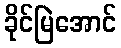
ခိုင်မြဲအောင်